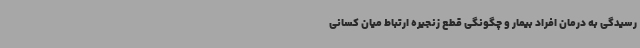
رسیدگی به درمان افراد بیمار و چگونگی قطع زنجیره ارتباط میان کسانی